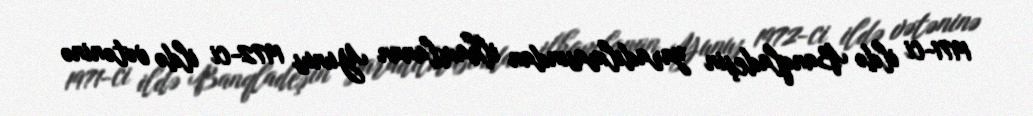
1971-ci ildə Banqladeşin yaradılmasından ilhamlanan Yunus 1972-ci ildə vətəninə